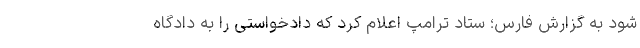
شود به گزارش فارس؛ ستاد ترامپ اعلام کرد که دادخواستی را به دادگاه